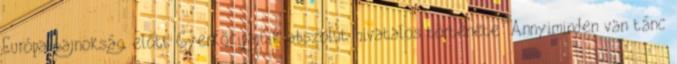
Európa-bajnokság előtt Gyerkőcipajtik abszolút hivatalos története: Annyiminden van tánc